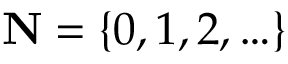
\mathbf { N } = \{ 0 , 1 , 2 , \ldots \}